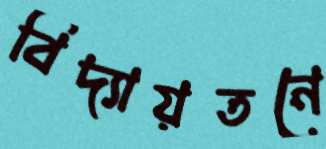
বিদ্যায়তনে